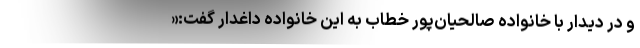
و در دیدار با خانواده صالحیان‌پور خطاب به این خانواده داغدار گفت:«